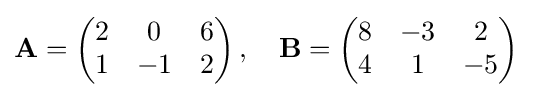
\mathbf {A} ={\begin{pmatrix}2&0&6\\1&-1&2\end{pmatrix}}\,,\quad \mathbf {B} ={\begin{pmatrix}8&-3&2\\4&1&-5\end{pmatrix}}